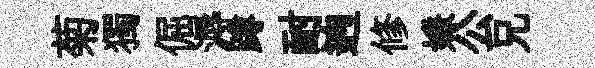
菊獨倔溽蹲耐逈修嫌公兄